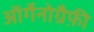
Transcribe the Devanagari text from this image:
ऑर्गेनोग्रैफ़ी